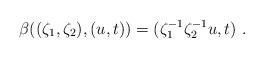
LaTeX: \begin{align*}\beta((\zeta_1,\zeta_2),(u,t))= (\zeta_1^{-1}\zeta_2^{-1} u,t)\ .\end{align*}